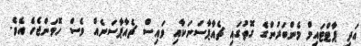
އަދި ޕާޓްޓައިމް މެންބަރުންގެ ގޮތުގައި ޗެއާޕާސަނަކާއި ވައިސް ޗެއާޕާސަނެއް ވެސް ހޮވަންޖެހެ އެވެ.